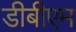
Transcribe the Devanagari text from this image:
डीबीएम